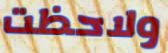
ولاحظت